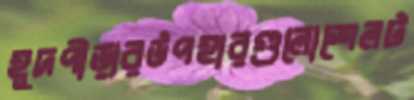
হূদপীড়ারউপহারগুলোশেলট